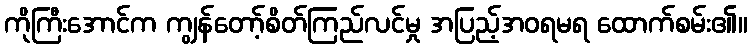
ကိုကြီးအောင်က ကျွန်တော့်စိတ်ကြည်လင်မှု အပြည့်အဝရမရ ထောက်စမ်း၏။